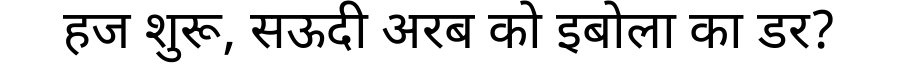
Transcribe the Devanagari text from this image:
हज शुरू, सऊदी अरब को इबोला का डर?